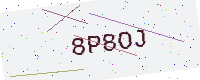
Text: 8P8OJ